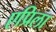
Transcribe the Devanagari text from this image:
एप्रिला